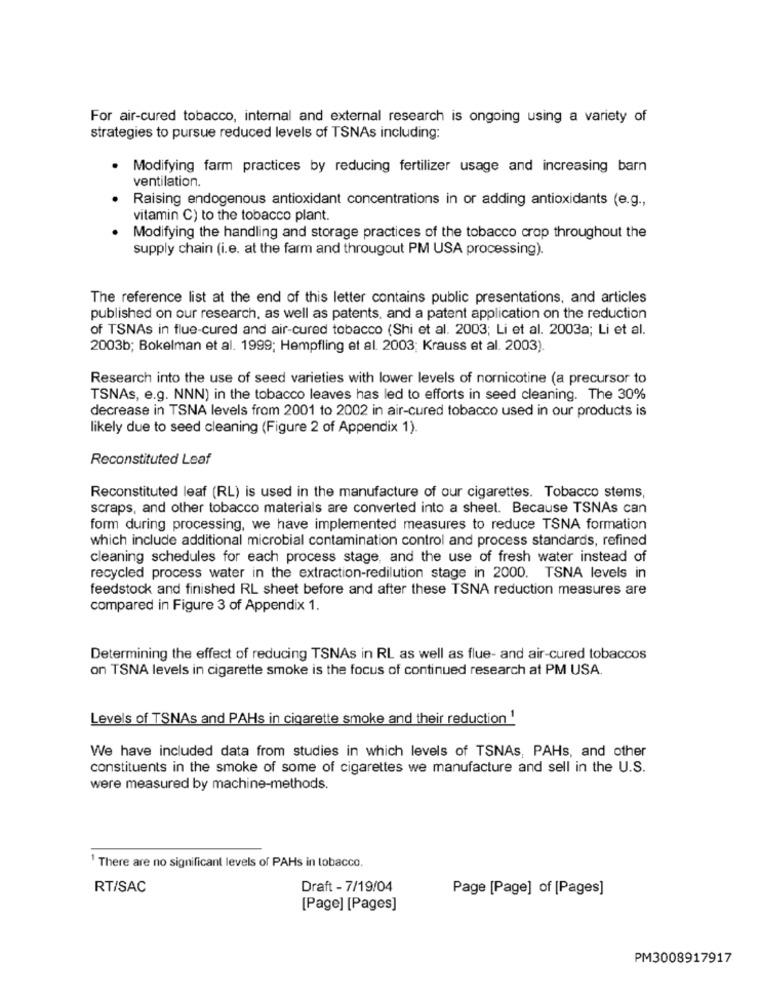
For air-cured tobacco, internal and external research is ongoing using a variety of
strategies to pursue reduced levels of TSNAs including:
· Modifying farm practices by reducing fertilizer usage and increasing barn
ventilation.
Raising endogenous antioxidant concentrations in or adding antioxidants (e.g .,
vitamin C) to the tobacco plant.
Modifying the handling and storage practices of the tobacco crop throughout the
supply chain (i.e. at the farm and througout PM USA processing).
The reference list at the end of this letter contains public presentations, and articles
published on our research, as well as patents, and a patent application on the reduction
of TSNAs in flue-cured and air-cured tobacco (Shi et al. 2003; Li et al. 2003a; Li et al.
2003b; Bokelman et al. 1999; Hempfling et al. 2003; Krauss et al. 2003).
Research into the use of seed varieties with lower levels of nornicotine (a precursor to
TSNAs, e.g. NNN) in the tobacco leaves has led to efforts in seed cleaning. The 30%
decrease in TSNA levels from 2001 to 2002 in air-cured tobacco used in our products is
likely due to seed cleaning (Figure 2 of Appendix 1).
Reconstituted Leaf
Reconstituted leaf (RL) is used in the manufacture of our cigarettes. Tobacco stems,
scraps, and other tobacco materials are converted into a sheet. Because TSNAs can
form during processing, we have implemented measures to reduce TSNA formation
which include additional microbial contamination control and process standards, refined
cleaning schedules for each process stage, and the use of fresh water instead of
recycled process water in the extraction-redilution stage in 2000. TSNA levels in
feedstock and finished RL sheet before and after these TSNA reduction measures are
compared in Figure 3 of Appendix 1.
Determining the effect of reducing TSNAs in RL as well as flue- and air-cured tobaccos
on TSNA levels in cigarette smoke is the focus of continued research at PM USA.
Levels of TSNAs and PAHs in cigarette smoke and their reduction 1
We have included data from studies in which levels of TSNAs, PAHs, and other
constituents in the smoke of some of cigarettes we manufacture and sell in the U.S.
were measured by machine-methods.
' There are no significant levels of PAHs in tobacco.
RT/SAC
Draft - 7/19/04
Page [Page] of [Pages]
[Page] [Pages]
PM3008917917